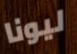
ليونا